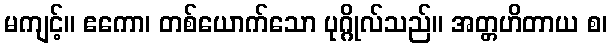
မကျင့်။ ဧကော၊ တစ်ယောက်သော ပုဂ္ဂိုလ်သည်။ အတ္တဟိတာယ စ၊